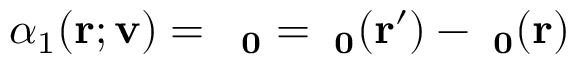
\alpha _ { 1 } ( \bf { r ; v } ) = \delta \alpha _ { 0 } = \alpha _ { 0 } ( { \bf r ^ { \prime } } ) - \alpha _ { 0 } ( { \bf r } )